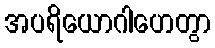
အပရိယောဂါဟေတွာ